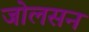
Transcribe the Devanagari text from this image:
जोलसन